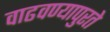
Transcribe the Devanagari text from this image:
वाढवण्यापुरते